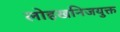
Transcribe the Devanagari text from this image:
लोहखनिजयुक्त